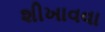
શીખાવવા